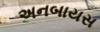
અનબાયસ